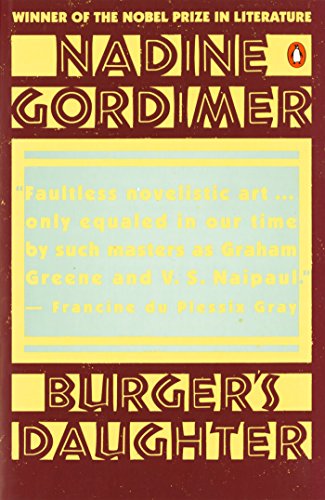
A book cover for Burger's Daughter; Nadine Gordimer; Literature & Fiction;